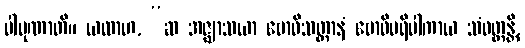
ပါပုဏာတိ။ ယထာဟ, “ဆ အဇ္ဈာသယာ ဗောဓိသတ္တာနံ ဗောဓိပရိပါကာယ သံဝတ္တန္တိ,